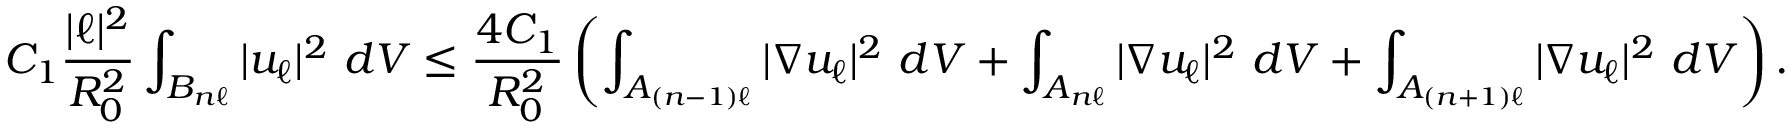
C _ { 1 } \frac { | \ell | ^ { 2 } } { R _ { 0 } ^ { 2 } } \int _ { B _ { n \ell } } | u _ { \ell } | ^ { 2 } \ d V \leq \frac { 4 C _ { 1 } } { R _ { 0 } ^ { 2 } } \left( \int _ { A _ { ( n - 1 ) \ell } } | \nabla u _ { \ell } | ^ { 2 } \ d V + \int _ { A _ { n \ell } } | \nabla u _ { \ell } | ^ { 2 } \ d V + \int _ { A _ { ( n + 1 ) \ell } } | \nabla u _ { \ell } | ^ { 2 } \ d V \right) .